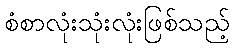
စံစာလုံးသုံးလုံးဖြစ်သည့်